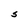
Character: S